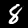
Label: 8